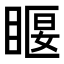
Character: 𥈔